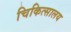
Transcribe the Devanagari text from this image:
चिकित्‍सालय